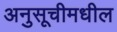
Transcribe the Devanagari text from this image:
अनुसूचीमधील